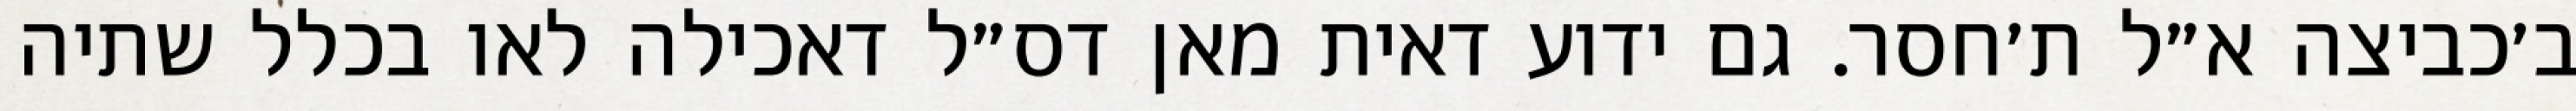
ב׳כביצה א״ל ת׳חסר. גם ידוע דאית מאן דס״ל דאכילה לאו בכלל שתיה